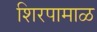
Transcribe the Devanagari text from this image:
शिरपामाळ